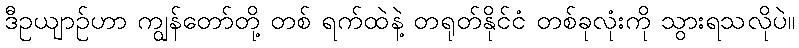
ဒီဥယျာဉ်ဟာ ကျွန်တော်တို့ တစ် ရက်ထဲနဲ့ တရုတ်နိုင်ငံ တစ်ခုလုံးကို သွားရသလိုပဲ။